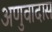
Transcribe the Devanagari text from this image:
अणुवादास